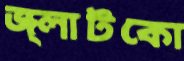
জ্লাটকো